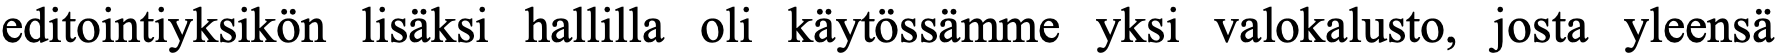
editointiyksikön lisäksi hallilla oli käytössämme yksi valokalusto, josta yleensä